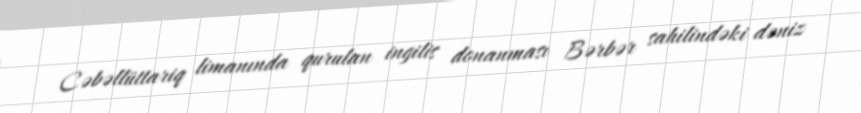
Cəbəllüttariq limanında qurulan ingilis donanması Bərbər sahilindəki dəniz